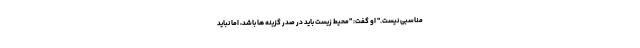
مناسبی نیست." او گفت: "محیط زیست باید در صدر گزینه ها باشد، اما نباید